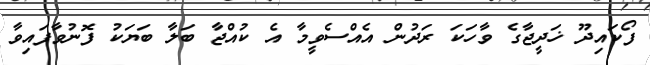
ފޯކައިދޫ ޚަދީޖާގެ ވާހަކަ ރަދުން އެއްސެވީމާ އެ ކުއްޖާ ބަލާ ބަޔަކު ފޮނުވާފައިވާ